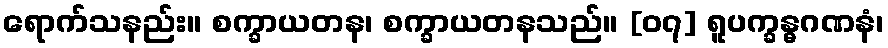
ရောက်သနည်း။ စက္ခာယတန၊ စက္ခာယတနသည်။ [၀၇] ရူပက္ခန္ဓဂဏနံ၊